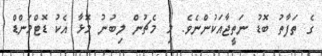
ގެ ތަފާތު ބޮޑު ނަތީޖާއަކުންނެވެ. މި މެޗުން ލިބުނު މޮޅާ އެކު ޑޮޓްމަންޑް